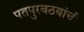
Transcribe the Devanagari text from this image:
पतपुरवठयांची